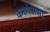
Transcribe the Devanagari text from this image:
करणेअसा